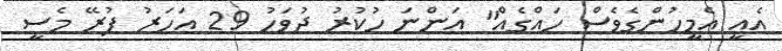
އެއީ އެމީހުންގެވެސް ހައްގެއް" އަންނަ ހުކުރު ދުވަހު 29 އަހަރު ފުރޭ މެސީ